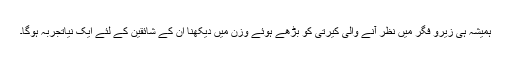
ہمیشہ ہی زیرو فگر میں نظر آنے والی کیرتی کو بڑھے ہوئے وزن میں دیکھنا ان کے شائقین کے لئے ایک نیاتجربہ ہوگا۔